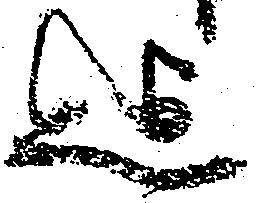
迄